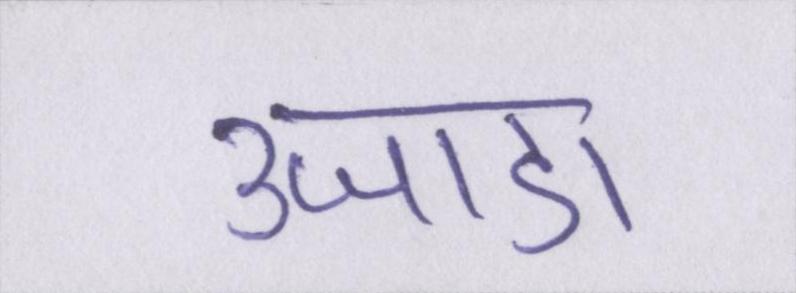
उजाडा